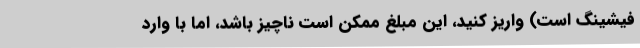
فیشینگ است) واریز کنید، این مبلغ ممکن است ناچیز باشد، اما با وارد